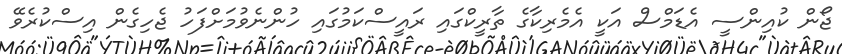
ޖޯން ކުއިންސީ އެޑަމްސް އަކީ އެމެރިކާގެ ތާރީކްގައި ރައީސްކަމުގައި ހުންނެވުމަށްފަހު ޖެހިގެން އިސްކުރެވޭ